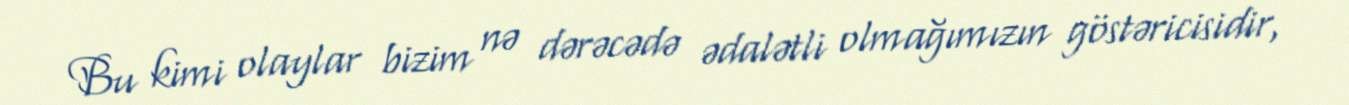
Bu kimi olaylar bizim nə dərəcədə ədalətli olmağımızın göstəricisidir,